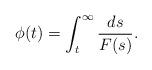
LaTeX: \begin{align*}\phi(t)=\int_t^\infty \frac{ds}{F(s)}.\end{align*}